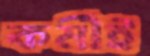
কর্মীই